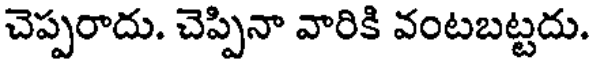
చెప్పరాదు. చెప్పినా వారికి వంటబట్టదు.